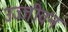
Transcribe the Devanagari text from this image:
उज्जीवन